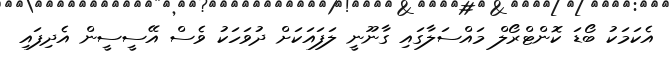
އެކަމަކު ބޯޑަ ކޮންޓްރޯލް މައްސަލާގައި ގާނޫނީ ލަފައަކަށް ދުވަހަކު ވެސް އޭސީސީން އެދިފައި